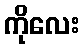
ကိုလေး